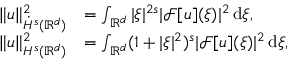
\begin{array} { r l } { \| u \| _ { \dot { H } ^ { s } ( \mathbb { R } ^ { d } ) } ^ { 2 } } & { = \int _ { \mathbb { R } ^ { d } } | \xi | ^ { 2 s } | \mathcal { F } [ u ] ( \xi ) | ^ { 2 } \, \mathrm { d } \xi , } \\ { \| u \| _ { H ^ { s } ( \mathbb { R } ^ { d } ) } ^ { 2 } } & { = \int _ { \mathbb { R } ^ { d } } ( 1 + | \xi | ^ { 2 } ) ^ { s } | \mathcal { F } [ u ] ( \xi ) | ^ { 2 } \, \mathrm { d } \xi , } \end{array}